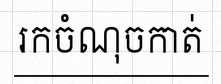
រកចំណុចកាត់